Vaccination North-Western Provinces and Oudh 1878-1895 - 1878-1895
Year: 1878
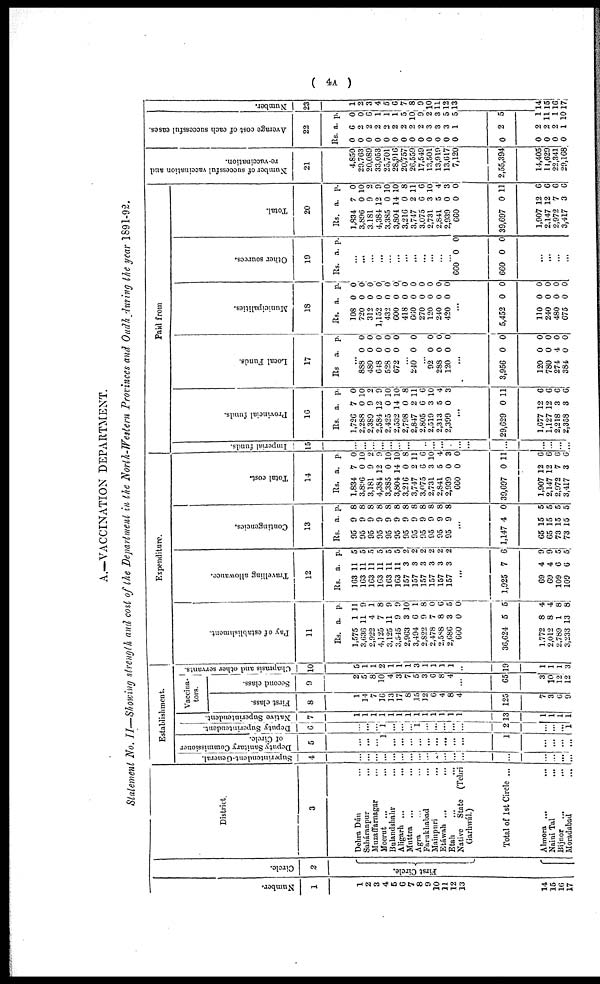
( 4A )
A.—VACCINATION DEPARTMENT.
Statement No. II—Showing strength and cost of the Department in the North-Western Provinces and Oudh during the year 1891-92.
Number.
1
1
2
3
4
5
6
7
8
9
10
11
12
13
14
15
16
17
Circle.
2
First Circle.
District.
3
Dehra Dún ...
Saháranpur ...
Muzaffarnagar ...
Meerut ...
Bulandshahr ...
Aligarh ... ...
Muttra ... ...
Agra ... ...
Farukhabad ...
Mainpuri ...
Etáwah ...
...
Etah ... ...
Native
State
(Tehri
Garhwál.)
Total of 1st Circle ...
Almora ...
...
Naini Tal ...
Bijnor
...
Moradabad
...
Establishment.
Superintendent-General.
4
...
...
...
...
...
...
...
...
...
...
...
...
...
...
...
...
...
...
Deputy Sanitary Commissioner
of Circle.
5
...
...
...
1
...
...
...
...
...
...
...
...
...
1
...
...
...
...
Deputy Superintendent.
6
...
...
...
1
...
...
...
1
...
...
...
...
...
2
...
...
...
1
Native Superintendent.
7
1
1
1
1
1
1
1
1
1
1
1
1
1
13
1
1
1
1
Vaccina-
tors.
First class.
8
1
14
7
16
13
17
8
15
12
6
4
8
4
125
7
3
6
9
Second class.
9
2
5
8
10
4
3
7
5
3
6
8
4
...
65
3
10
12
12
Chaprasis and other servants.
10
5
1
1
2
1
1
1
3
1
1
1
1
...
19
1
1
1
3
Pay of establishment.
11
Rs.
1,575
3,636
2,922
4,125
3,125
3,545
2,963
3,494
2,822
2,478
2,588
2,686
660
36,624
1.772
2,012
2.789
3,233
a.
1
11
4
7
11
9
3
6
9
7
8
3
0
5
8
8
1
13
p.
11
9
1
8
9
9
10
1
8
0
6
5
0
5
4
4
8
8
Expenditure.
Travelling allowance.
12
Rs.
163
163
163
163
163
163
157
157
157
157
157
157
...
1,925
69
69
109
109
a.
11
11
11
11
11
11
3
3
3
3
3
3
7
4
4
6
6
p.
5
5
5
5
5
5
2
2
2
2
2
2
6
9
9
5
5
Contingencies.
13
Rs.
95
95
95
95
95
95
95
95
95
95
95
95
...
1,147
65
65
73
73
a.
9
9
9
9
9
9
9
9
9
9
9
9
4
15
15
15
15
p.
8
8
8
8
8
8
8
8
8
8
8
8
0
5
5
5
5
Total cost.
14
Rs.
1,834
3,896
3,181
4,384
3,385
3,804
3,216
3,747
3,075
2,731
2,841
2,939
660
39,697
1,907
2,147
2,972
3,417
a.
7
0
9
12
0
14
0
2
6
3
5
0
0
0
12
12
7
3
p.
0
10
2
9
10
10
8
11
6
10
4
3
0
11
6
6
6
6
Paid from
Imperial funds.
15
...
...
...
...
...
...
...
...
...
...
...
...
...
...
...
...
...
...
Provincial funds.
16
Rs.
1,726
2,288
2,389
2,584
2,425
2,532
2,798
2,847
2,805
2,519
2,313
2,399
...
29,629
1,677
1,127
2,218
2,358
a.
7
0
9
12
0
14
0
2
6
3
5
0
0
12
12
3
3
p.
0
10
2
9
10
10
8
11
6
10
4
3
11
6
6
6
6
Local Funds.
17
Rs.
...
888
480
648
528
672
...
240
...
92
288
120
...
3,956
120
780
274
384
a.
0
0
0
0
0
0
0
0
0
0
0
0
4
0
p.
0
0
0
0
0
0
0
0
0
0
0
0
0
0
Municipalities.
18
Rs.
108
720
312
1,152
432
600
418
660
270
120
240
420
...
5,452
110
240
480
675
a.
0
0
0
0
0
0
0
0
0
0
0
0
0
0
0
0
0
p.
0
0
0
0
0
0
0
0
0
0
0
0
0
0
0
0
0
Other sources.
19
Rs.
...
...
...
...
...
...
...
...
...
...
...
...
660
660
...
...
...
...
a.
0
0
p.
0
0
Total.
20
Rs.
1,834
3,896
3.181
4,384
3,385
3,804
3,216
3,747
3,075
2,731
2,841
2,939
660
39,697
1,907
2,147
2,972
3,417
a.
7
0
9
12
0
14
0
2
6
3
5
0
0
0
12
12
7
3
p.
0
10
2
9
10
10
8
11
6
10
4
3
0
11
6
6
6
6
Number of successful vaccination and
re-vaccination.
21
4,850
29,763
20,089
33,053
25,701
28,916
20,757
26,559
17,549
13,501
13,919
13,617
7,120
2,55,394
14,405
11,629
22,341
29,168
Average cost of each successful cases.
22
Rs.
0
0
0
0
0
0
0
0
0
0
0
0
0
0
0
0
0
0
a.
6
2
2
2
2
2
2
2
2
3
3
3
1
2
2
2
2
1
p.
0
0
6
1
1
1
5
10
9
2
3
5
5
5
1
11
1
10
Number.
23
1
2
3
4
5
6
7
8 9
10
11
12
13
14
15
16
17